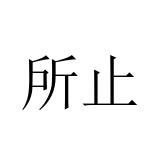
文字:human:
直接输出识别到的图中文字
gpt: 所止